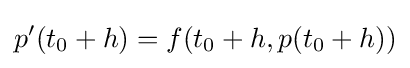
p'(t_{0}+h)=f(t_{0}+h,p(t_{0}+h))